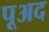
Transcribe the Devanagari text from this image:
पूअद